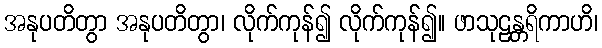
အနုပတိတွာ အနုပတိတွာ၊ လိုက်ကုန်၍ လိုက်ကုန်၍။ ဖာသုဠန္တရိကာဟိ၊